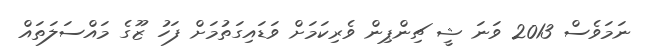
ނަމަވެސް 2013 ވަނަ ޝީ ޗިންޕިން ވެރިކަމަށް ވަޑައިގަތުމަށް ފަހު ޒޫގެ މައްސަލަތައް